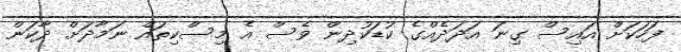
ފަހަކަށް އައިސް ގިނަ އަދަދެއްގެ ކުޑަކުދިން ވެސް އެ މިސްކިތައް ނަމާދަށް ދާކަން